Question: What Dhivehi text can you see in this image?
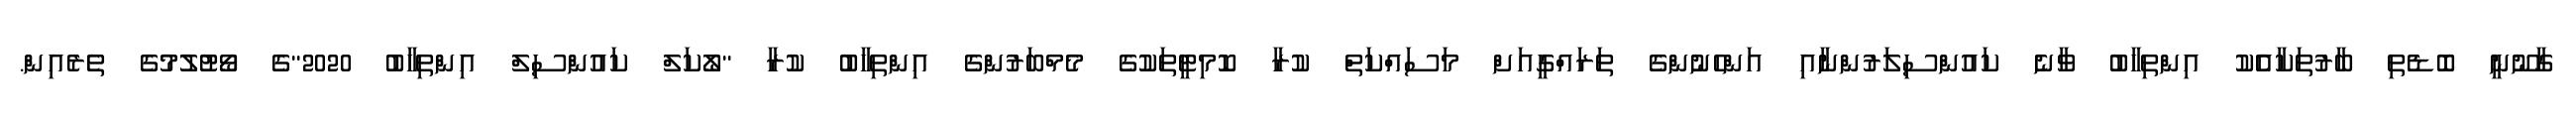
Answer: ގާނޫނީ ބޮޑެތި ބާރުތަކާއެެކު އިންތިހާބު ވާނެ ކައުންސިލަރުންނާއި އަންހެނުންގެ ތަރައްގީއަށް މަސައްކަތް ކުރާ ކޮމިޓީތަކުގެ މެމްބަރުންގެ އިންތިހާބު ކުރާ "ލޯކަލް ކައުންސިލް އިންތިހާބު 2020"ގެ ވޯޓުލުމުގެ ތެރެއިން.